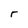
Character: r